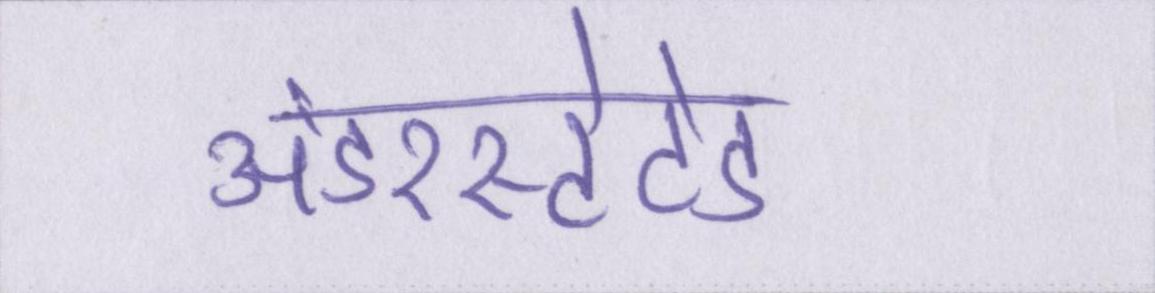
अंडरस्टेटेड